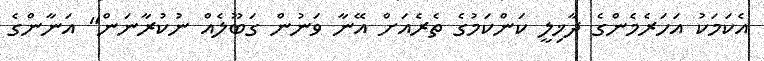
އެކަމަކު އަހަރެމެންގެ ދާޚިލީ ކަންކަމުގެ ތެރެއަށް އޭނާ ވަނުން ގަބޫލެއް ނުކުރާނަން" އަނާންގެ